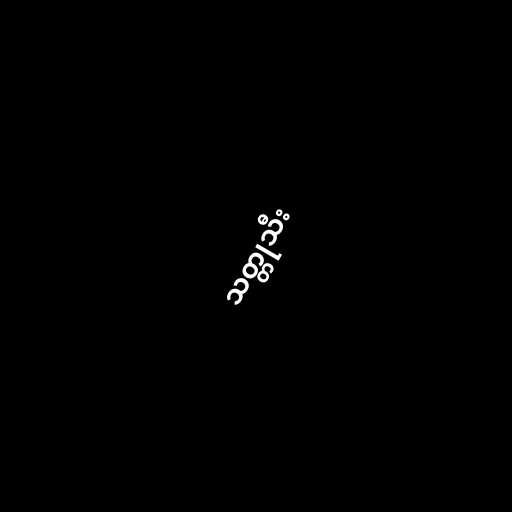
သတ္တုသီး